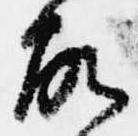
故